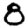
Digit: 8